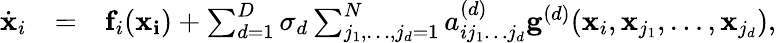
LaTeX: \begin{array}{lll}{\dot{\mathbf{x}}_{i}}&{=}&{\mathbf{f}_{i}(\mathbf{x_{i}})+\sum_{d=1}^{D}\sigma_{d}\sum_{j_{1},\dots,j_{d}=1}^{N}a_{ij_{1}\dots j_{d}}^{(d)}\mathbf{g}^{(d)}(\mathbf{x}_{i},\mathbf{x}_{j_{1}},\dots,\mathbf{x}_{j_{d}}),}\end{array}